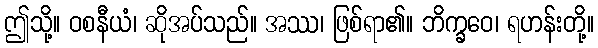
ဤသို့။ ဝစနီယံ၊ ဆိုအပ်သည်။ အဿ၊ ဖြစ်ရာ၏။ ဘိက္ခဝေ၊ ရဟန်းတို့။